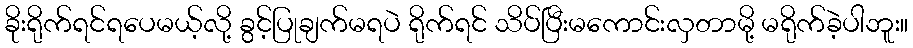
ခိုးရိုက်ရင်ရပေမယ့်လို့ ခွင့်ပြုချက်မရပဲ ရိုက်ရင် သိပ်ပြီးမကောင်းလှတာမို့ မရိုက်ခဲ့ပါဘူး။